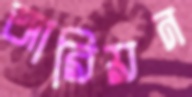
আরিয়ন